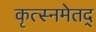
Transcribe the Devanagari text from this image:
कृत्स्नमेतद्